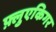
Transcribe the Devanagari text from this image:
फ़्लुएकिगर